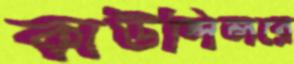
কাউন্সিলরে